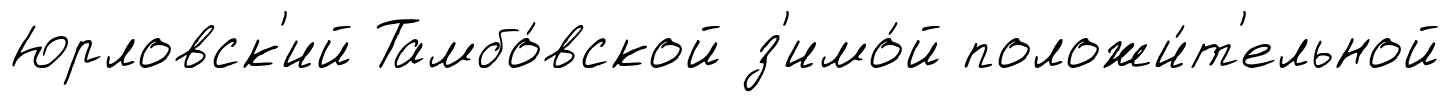
Юрловск'ий Тамбо́вской з'имо́й положи́т'ельной